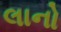
લાનો